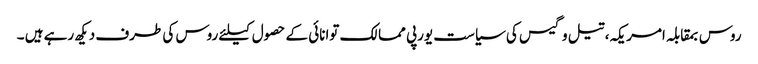
روس بمقابلہ امریکہ، تیل و گیس کی سیاست یورپی ممالک توانائی کے حصول کیلئے روس کی طرف دیکھ رہے ہیں ۔